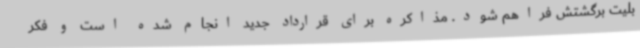
بلیت برگشتش فراهم شود. مذاکره برای قرارداد جدید انجام شده است و فکر